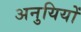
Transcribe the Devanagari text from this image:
अनुयियों